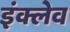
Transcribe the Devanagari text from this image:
इंक्लेव